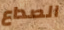
الصداع